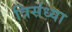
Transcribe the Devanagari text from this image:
त्रिसंध्या